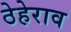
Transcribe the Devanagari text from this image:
ठेहेराव